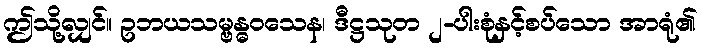
ဤသို့လျှင်။ ဥဘယသမ္ဗန္ဓဝသေန၊ ဒီဋ္ဌသုတ ၂-ပါးစုံနှင့်စပ်သော အာရုံ၏